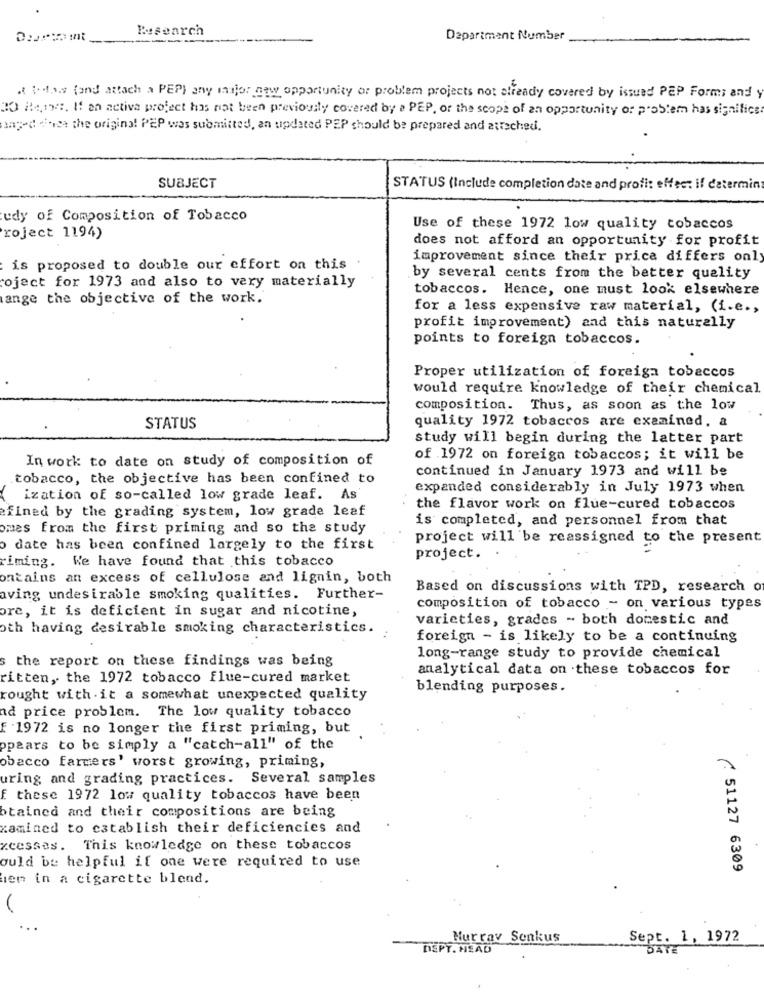
Research
Department Number
a boy (and attach a PEP) any major new opportunity or problem projects not already covered by issued PEP Forms and y
30 Ramos, If an active project has not been previously covered by a PEP, or the scope of an opportunity of problem has significa
anged doda the original PEP was submitted, an updated PEP should be prepared and aurechedi.
SUBJECT
STATUS (Include completion date and profit effect il determin
udy of Composition of Tobacco
Use of these 1972 low quality tobaccos
roject 1194)
does not afford an opportunity for profit
improvement since their prica differs only
is proposed to double our effort on this
by several cents from the better quality
coject for 1973 and also to very materially
tobaccos. Hence, one must look elsewhere
ange the objective of the work.
for a less expensive raw material, (i.e .,
profit improvement) and this naturally
points to foreign tobaccos.
Proper utilization of foreign tobaccos
would require knowledge of their chemical
composition. Thus, as soon as the low
quality 1972 tobaccos are examined, a
STATUS
study will begin during the latter part
In work to date on study of composition of
of 1972 on foreign tobaccos; it will be
continued in January 1973 and will be
tobacco, the objective has been confined to
expanded considerably in July 1973 when
( ization of so-called low grade leaf. As
:fined by the grading system, low grade leaf
the flavor work on flue-cured tobaccos
is completed, and personnel from that
omes from the first priming and so the study
project will be reassigned to the present
o date has been confined largely to the first
timing. We have found that this tobacco
project.
ontains an excess of cellulose and lignin, both
Based on discussions with TPD, research o
aving undesirable smoking qualities. Further-
ore, it is deficient in sugar and nicotine,
composition of tobacco - on various types
varieties, grades - both domestic and
oth having desirable smoking characteristics.
foreign - is likely to be a continuing
s the report on these findings was being
long-range study to provide chemical
analytical data on these tobaccos for
ritten, the 1972 tobacco flue-cured market
blending purposes.
rought with it a somewhat unexpected quality
ad price problem. The low quality tobacco
f 1972 is no longer the first priming, but
ppears to be simply a "catch-all" of the
obacco farmers' worst growing, priming,
uring and grading practices. Several samples
f these 1972 low quality tobaccos have been
stained and their compositions are being
xamined to establish their deficiencies and
xcesses. This knowledge on these tobaccos
ould be helpful if one were required to use
( 51127 6309
ien in a cigarette blend.
Murray Senkus
Sept. 1, 1972
DEPT. HEAD
DATE